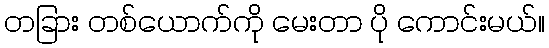
တခြား တစ်ယောက်ကို မေးတာ ပို ကောင်းမယ်။